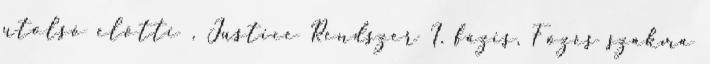
utolsó előtti , Justice Rendszer I. fázis, Főzés szakma